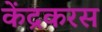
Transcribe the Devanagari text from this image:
केंद्रकरस